Tezpur Lunatic Asylum reports 1877-1894 - 1877-1894
Year: 1877
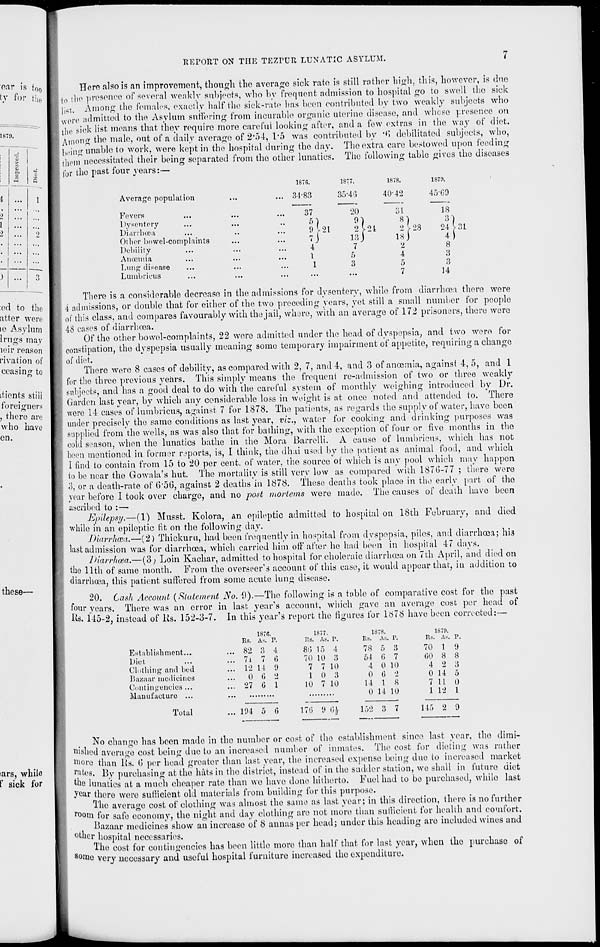
ear is f 0o
ty for t! u ,
1879.
:ed to the
atter were
ie Asylum
Irugs may
loir reason
rivation of
ceasing to
itients still
foreigners
, there are
who have
en.
these-
1876.
1877.
1878.
187!).
34-83
35-46
40'42
45*69
37
20
31
18
6 )
9 1
ill
3
9
21
o [ -21
28
24
7 (
13|
4
4
7
2
8
1
5
4
3
1
3
5
3
...
7
14
REPORT ON THE TEZPDR LUNATIC ASYLUM.
i
Here also is an improvement, though the average sick rate is still rather high, this, however, is due
to the presence of several weakly subjects, who by frequent admission to hospital go to swell the sick
list. Among the females, exactly half the sick-rate has been contributed by two weakly subjects who
w( ,rc admitted to the Asylum suffering from incurable organic uterine disease, and whose presence on
the sick list means that they require more careful looking after, and a few extras in the way of diet.
Among the male, out of a daily average of 2'54, 1*5 was contributed by *<•» debilitated subjects, who,
hi'ing unable to work, were kept in the hospital during the day. The extra care bestowed upon feeding
them necessitated their being separated from tho other lunatics. The following table gives the diseases
for the past four years:—
Average population
Fevers
Dysentery
Diarrhoea
Other bowel-complaints
Debility
Anosmia
Lung disease
Lumbricus
There is a considerable decrease in the admissions for dysentery, while from diarrhoea there were
4 admissions, or double that for either of the two preceding years, yet still a small number for people
of this class, and compares favourably with the jail, where, with an average of 172 prisoners, there were
48 cases of diarrhoea.
Of the other bowel-complaints, 22 were admitted under the head of dyspepsia, and two were for
constipation, the dyspepsia usually meaning some temporary impairment of appetite, requiring a change
of diet.
There were 8 cases of debility, as compared with 2, 7, and 4, and 3 of anoemia, against 4, 5, and 1
for the three previous years. This simply means the frequent re-admission of two or three weakly
subjects, and has a good deal to do with the careful system of monthly weighing introduced by Dr.
Garden last year, by which any considerable loss in weight is at once noted and attended to. There
were 14 cases of lumbricus, against 7 for 1878. The patients, as regards the supply of water, have been
under precisely the same conditions as last year, vis., water for cooking and drinking purposes was
supplied from the wells, as was also that for bathing, with the exception of four or five months in the
cold season, when the lunatics bathe in the Mora Barrelli. A cause of lumbricus, which has not
been mentioned in former reports, is, I think, the dhai used by the patient as animal food, and which
1 find to contain from 15 to 20 per cent, of water, the source of which is any pool which may happen
to be near the Gowala's hut. The mortality is still very low as compared with 1876-77 ; there were
3, or a death-rate of G"50, against 2 deaths in 1878. These deaths took place in the early part of the
year before 1 took over charge, and no post mojiems were made. The causes of death have been
ascribed to :—
Epilepsy.—(1) Musst. Kolora, an epileptic admitted to hospital on 18th February, and died
while in an epileptic fit on the following day.
Diarrhcea.—(2) Thickuru, had been frequently in hospital from dyspepsia, piles, and diarrhoea; his
last admission was for diarrhoea, which carried him off after he had been in hospital 47 days.
Diarrhoea.—(3; Loin Kachar, admitted to hospital for choleraic diarrhoea on 7th April, and died on
the 11th of same month. From the overseer's account of this case, it would appear that, in addition to
diarrhoea, this patient suffered from some acute lung disease.
20. Cash Account (Statement No. 9).—The following is a table of comparative cost for tho past
four years. There was an error in last, year's account, which gave an average cost per head of
us. 145-2, instead of Us. 152-3-7. In this year's report the figures for 1878 have been corrected:—
187f
1877.
1878.
1870.
Rs. A*. p.
its. As. r.
Rs. As p.
Rs. As. P
Establishment...
82 3 4
86 15 4
78 5 3
70 I 9
Diet
... 7i 7 6
70 10 3
54 6 7
GO 8 8
Clothing and bed
... 12 14 i)
7 7 10
4 0 10
4 2 3
liaziiar medicines
...
0 6 •»
1 0 3
0 G o
0 14 5
Contingencies...
27 G 1
10 7 10
14 1 8
7 11 0
Manufacture ...
0 14 10
1 12 1
Total
... 104 5 6
17G ' .» 6|
152 3 7
145 2 9
tars, while
f sick for
No change has been made in the number or cost of the establishment since last year, tho dimi-
nished average cost being due to an increased number of inmates. The cost for dieting was rather
Wore than Rs. 0 per head greater than last year, the increased expense being duo to increased market
fates, By purchasing at the hats in the district, instead of in tho sadder station, we shall in future diet
the lunatics at a much cheaper rate than we have done hitherto. Fuel had to bo purchased, while last
year there were sufficient old materials from building for this purpose.
The average cost of clothing was almost the same as last year; in this direction, there is no further
r oom for safe economy, the night and day clothing are not more than sufficient for health and comfort.
Bazaar medicines show an increase of 8 annas per head; under this heading are included wines and
Other hospital necessaries.
The cost for contingencies has been little more than half that for last year, when tho purchase of
some very necessary and useful hospital furniture increased the expenditure!